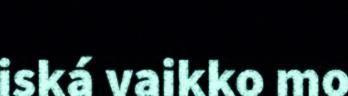
iská vaikko mo